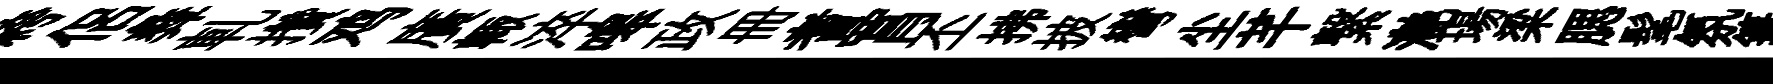
絝侶彜軋攢鸡廣輙淬嗥政册耆罥丕拂披彎尘芊繋灔場梁腮髦氛篝